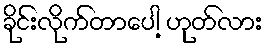
ခိုင်းလိုက်တာပေါ့ ဟုတ်လား